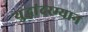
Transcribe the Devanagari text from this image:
युद्धांदरम्यान